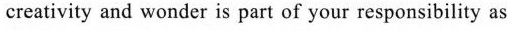
creativity and wonder is part of your responsibility as